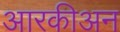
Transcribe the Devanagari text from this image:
आरकीअन